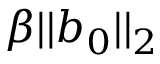
\beta | | b _ { 0 } | | _ { 2 }